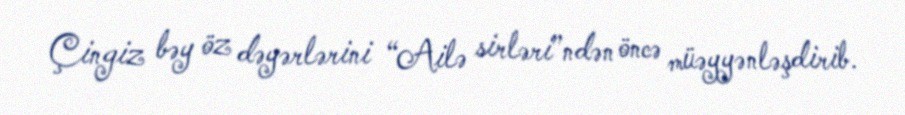
Çingiz bəy öz dəyərlərini “Ailə sirləri”ndən öncə müəyyənləşdirib.